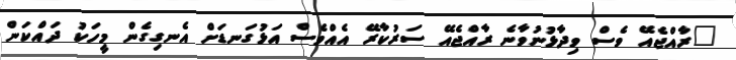
"ރާއްޖެއޭ ވެސް ވިދާޅުނުވާނެ ރާއްޖެއޭ ސަރުކާރޭ އެއްވެސް އަޅުގަނޑަށް އެނގިގެން މީހަކު ދައްކަން